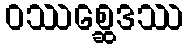
ဝဿစ္ဆေဒဿ